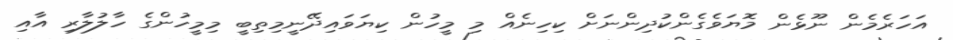
އަހަރެމެން ނޫޅެން މޮޔަވެގެންކުދިންނަށް ކިހިނެއް މި މީހުން ކިޔަވައިދޭނީމިތިބީ މިމީހުންގެ ހާލުލާރި އާއި